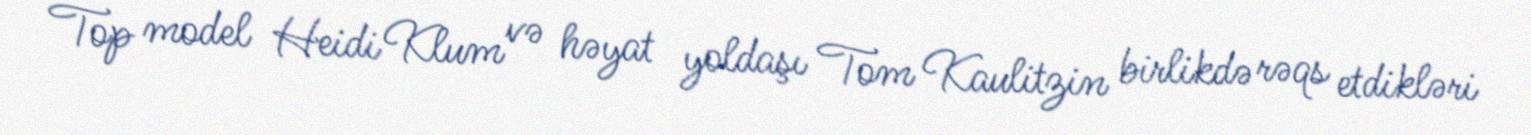
Top model Heidi Klum və həyat yoldaşı Tom Kaulitzin birlikdə rəqs etdikləri